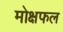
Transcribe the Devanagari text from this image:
मोक्षफल